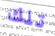
تلك